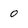
Character: 0